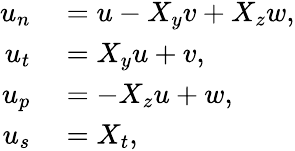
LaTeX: \begin{array}{rl}{u_{n}}&{{}=u-X_{y}v+X_{z}w,}\\ {u_{t}}&{{}=X_{y}u+v,}\\ {u_{p}}&{{}=-X_{z}u+w,}\\ {u_{s}}&{{}=X_{t},}\end{array}